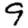
Digit: 9